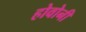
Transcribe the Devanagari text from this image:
होवोनी